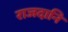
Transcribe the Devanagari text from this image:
राजदानि